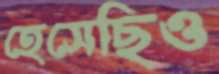
হেসেছিও